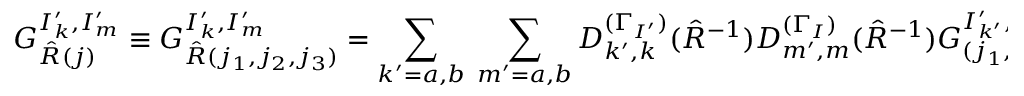
G _ { \hat { R } ( j ) } ^ { I _ { k } ^ { \prime } , I _ { m } ^ { \prime } } \equiv G _ { \hat { R } ( j _ { 1 } , j _ { 2 } , j _ { 3 } ) } ^ { I _ { k } ^ { \prime } , I _ { m } ^ { \prime } } = \sum _ { k ^ { \prime } = a , b } ~ \sum _ { m ^ { \prime } = a , b } D _ { k ^ { \prime } , k } ^ { ( \Gamma _ { I ^ { \prime } } ) } ( \hat { R } ^ { - 1 } ) D _ { m ^ { \prime } , m } ^ { ( \Gamma _ { I } ) } ( \hat { R } ^ { - 1 } ) G _ { ( j _ { 1 } , j _ { 2 } , j _ { 3 } ) } ^ { I _ { k ^ { \prime } } ^ { \prime } , I _ { m ^ { \prime } } } ; \qquad k = a , b , \quad m = a , b